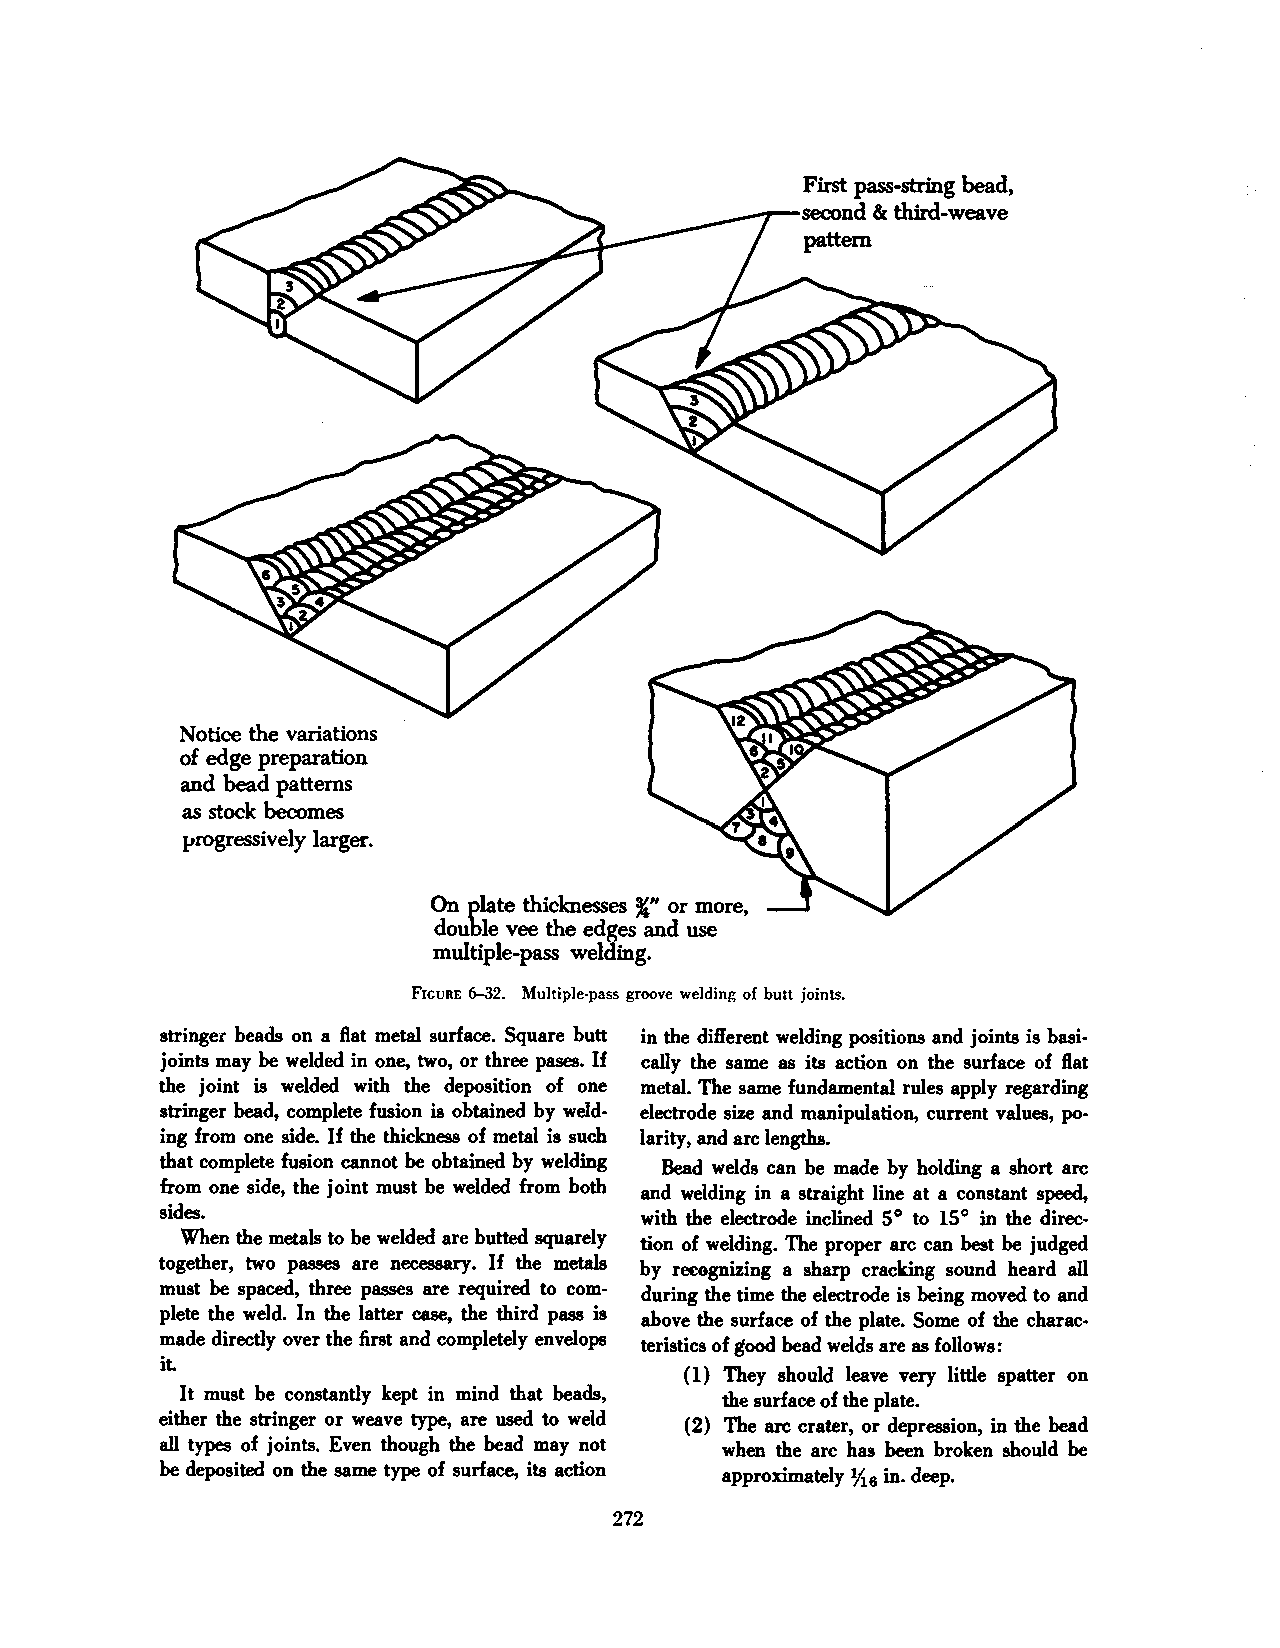
First pass-string bead,
 second & third-weave
 pattern
 Notice the variations
 of edge preparation
 and bead patterns
 as stock becomes
 progressively larger.
 On plate thicknesses ~, or more,
 double vee the edges and use
 multiple-pass welding.
 FIGURE 6-32. Multiple-pass groove welding of butt joints.
 stringer beads on a flat metal surface. Square butt in the different welding positions and joints is basi
 joints may be welded in one, two, or three pases. If cally the same as its action on the surface of flat
 the joint is welded with the deposition of one metal. The same fundamental rules apply regarding
 stringer bead, complete fusion is obtained by weld electrode size and manipulation, current values, po
 ing from one side. If the thickness of metal is such larity, and arc lengths.
 that complete fusion cannot be obtained by welding Bead welds can be made by holding a short arc
 from one side, the joint must be welded from both and welding in a straight line at a constant speed,
 sides.
 with the electrode inclined 5° to 15 ° in the direc
 When the metals to be welded are butted squarely
 tion of welding. The proper arc can best be judged
 together, two passes are necessary. If the metals
 by recognizing a sharp cracking sound heard all
 must be spaced, three passes are required to com
 during the time the electrode is being moved to and
 plete the weld. In the latter case, the third pass is
 above the surface of the plate. Some of the charac
 made directly over the first and completely envelops
 teristics of good bead welds are as follows:
 it.
 ( 1) They should leave very little spatter on
 It must be constantly kept in mind that beads,
 the surface of the plate.
 either the stringer or weave type, are used to weld
 (2) The arc crater, or depression, in the bead
 all types of joints. Even though the bead may not when the arc has been broken should be
 be deposited on the same type of surface, its action approximately Yt in. deep.
 6
 272